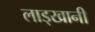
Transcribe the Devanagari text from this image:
लाड्खानी